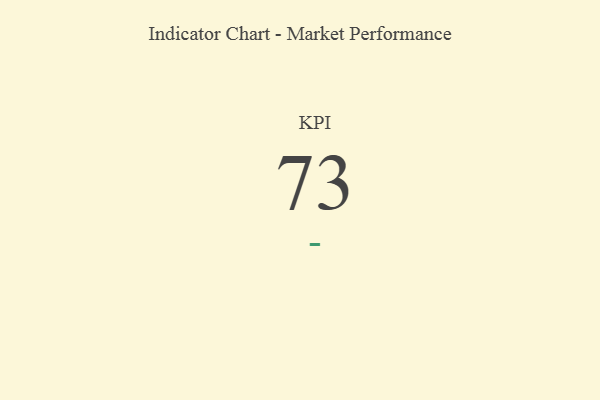
{"axis": {"x": "KPI", "y": "Value"}, "legend": [""], "data": [{"x": "KPI", "y": 73, "type": ""}]}